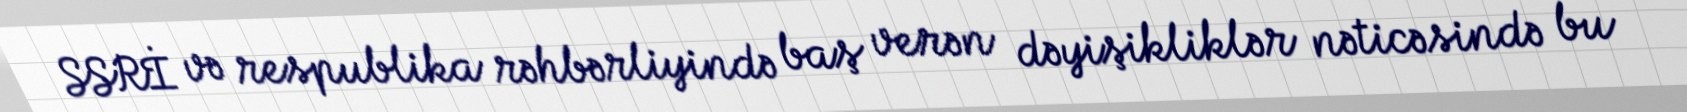
SSRİ və respublika rəhbərliyində baş verən dəyişikliklər nəticəsində bu